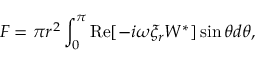
F = \pi r ^ { 2 } \int _ { 0 } ^ { \pi } \operatorname { R e } [ - i \omega \xi _ { r } W ^ { * } ] \sin \theta d \theta ,